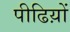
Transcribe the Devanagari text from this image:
पीढिय़ों